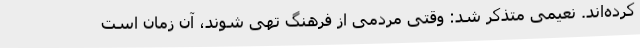
کرده‌اند. نعیمی متذکر شد: وقتی مردمی از فرهنگ تهی شوند، آن زمان است